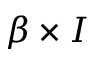
\beta \times I